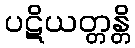
ပဋိယတ္တန္တိ